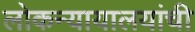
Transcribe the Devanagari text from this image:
लोकन्यायालयांची